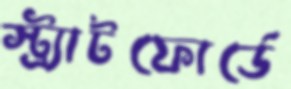
স্ট্র্যাটফোর্ডে